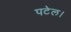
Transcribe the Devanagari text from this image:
पटेल।